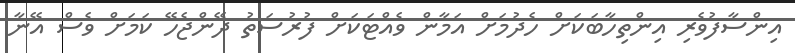
އިންސާފުވެރި އިންތިހާބަކަށް ހެދުމަށް އަމާން ވެއްޓަކަށް ފުރުސަތު ދޭންޖެހޭ ކަމަށް ވެސް އޭނާ